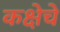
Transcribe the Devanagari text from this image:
कक्षेचे